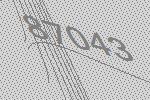
87043